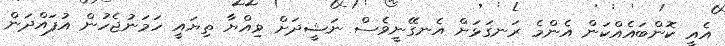
އެއީ ކޮންބައެއްކަން އެންމެ ރަނގަޅަށް އެނގޭނީވެސް ނަޝީދަށް ވިއްޔާ ތިޔައީ ހަމަނުޖެހުން އުފައްދަން